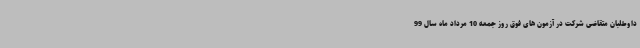
داوطلبان متقاضی شرکت در آزمون های فوق روز جمعه 10 مرداد ماه سال 99